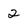
Character: 2